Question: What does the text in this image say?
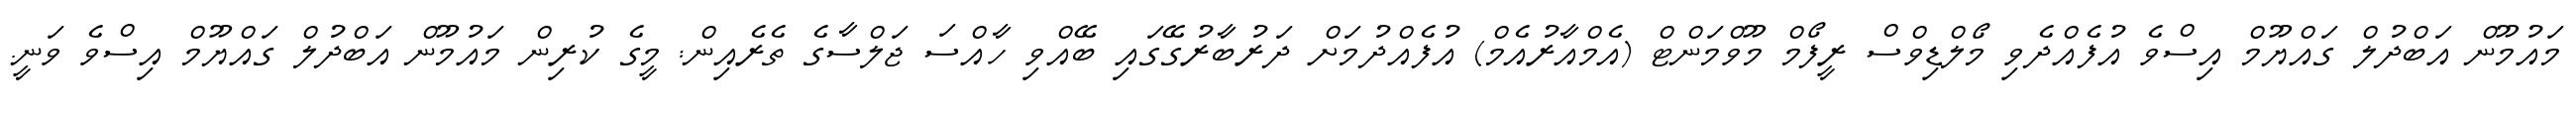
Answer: މައުމޫން އަބްދުލް ގައްޔޫމް އިސްވެ އުފެއްދެވި މޯލްޑިވްސް ރީފޯމް މޫވްމަންޓް (އެމްއާރުއެމް) އުފެއްދުމަށް ދަރުބާރުގޭގައި ބޭއްވި ހާއްސަ ޖަލްސާގެ ތެރެއިން: މީގެ ކުރިން މައުމޫން އަބްދުލް ގައްޔޫމް އިސްވެ ވަނީ.